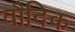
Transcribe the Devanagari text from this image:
वौदिक